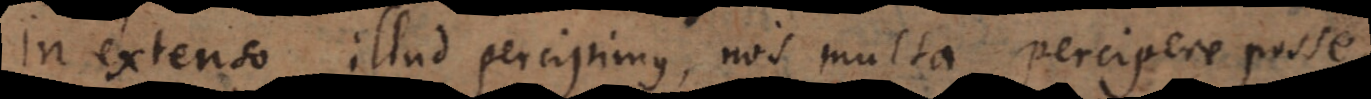
In extenso illud percipimus, nos multa percipere posse.